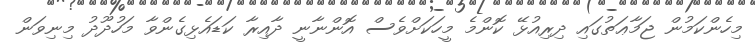
މިހެންކަމުން ޖަމާޢަތުގައި ދިރިއުޅޭ ކޮންމެ މީހަކަށްވެސް އޮންނާނީ ދާއިރާ ކަޑައެޅިގެންވާ މަހުދޫދު މިނިވަން